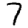
Digit: 7